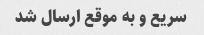
سریع و به موقع ارسال شد